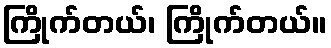
ကြိုက်တယ်၊ ကြိုက်တယ်။